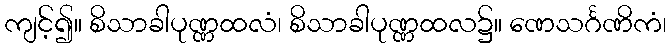
ကျင့်၍။ စိသာခါပုဏ္ဏထလံ၊ စိသာခါပုဏ္ဏထလ၌။ ဏေသင်္ဂဏိကံ၊